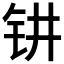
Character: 𰽟